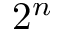
2 ^ { n }